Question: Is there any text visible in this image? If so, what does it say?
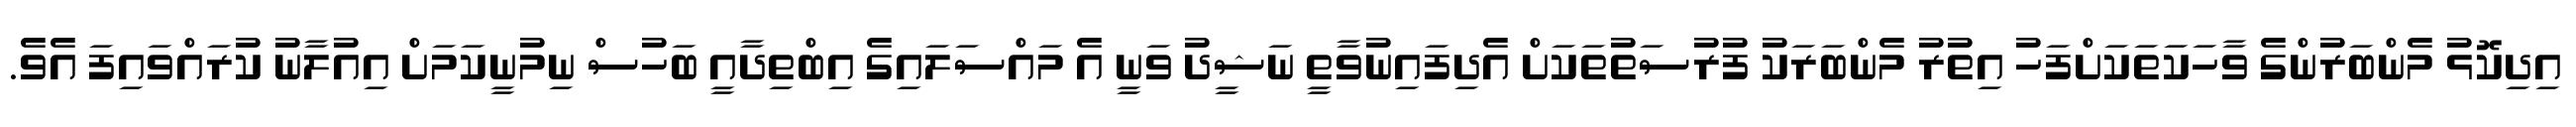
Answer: އިދިކޮޅު މެންބަރުންގެ ވާހަކަތަކަށްފަހު އިތުރު މެންބަރަކު ފުރުސަތުތަކަށް އެދިފައިނުވާތީ ނަޝީދު ވަނީ އެ މައްސަލައިގެ އިބްތިދާއީ ބަހުސް ނިމުނީކަމަށް އިއުލާނު ކުރައްވައިފަ އެވެ.